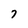
Character: 7